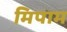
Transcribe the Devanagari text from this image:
मिपाम